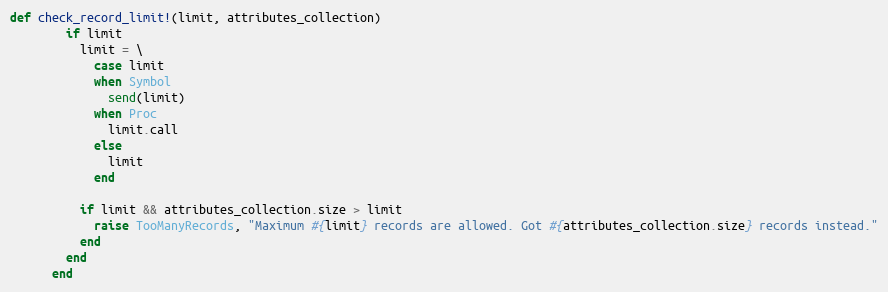
Language: Ruby
def check_record_limit!(limit, attributes_collection)
        if limit
          limit = \
            case limit
            when Symbol
              send(limit)
            when Proc
              limit.call
            else
              limit
            end

          if limit && attributes_collection.size > limit
            raise TooManyRecords, "Maximum #{limit} records are allowed. Got #{attributes_collection.size} records instead."
          end
        end
      end